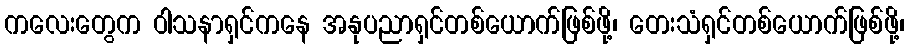
ကလေးတွေက ဝါသနာရှင်ကနေ အနုပညာရှင်တစ်ယောက်ဖြစ်ဖို့၊ တေးသံရှင်တစ်ယောက်ဖြစ်ဖို့၊